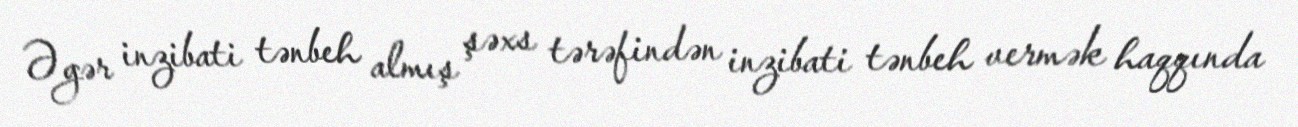
Əgər inzibati tənbeh almış şəxs tərəfindən inzibati tənbeh vermək haqqında